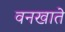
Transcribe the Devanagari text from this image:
वनखाते